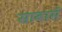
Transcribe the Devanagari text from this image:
साबासें